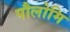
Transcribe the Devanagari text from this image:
पौलोमि